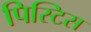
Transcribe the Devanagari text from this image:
पिस्टिस